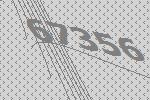
67356